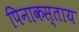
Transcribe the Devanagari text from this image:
पिनाकस्ताय